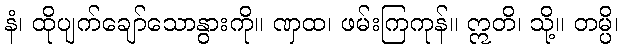
နံ၊ ထိုပျက်ချော်သောနွားကို။ ဏှထ၊ ဖမ်းကြကုန်။ ဣတိ၊ သို့။ တမ္ပိ၊